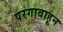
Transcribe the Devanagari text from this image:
परगावाहून